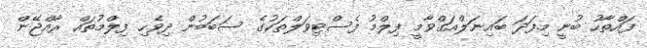
ފައްތާހު ބުނީ މިފަދަ ބައިނަލްއަގްވާމީ ފިލްމު ފެސްޓިވަލްތަކުގެ ސަބަބުން ދިވެހި ފިލްމުތައް ރާއްޖޭން